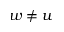
w \not = u